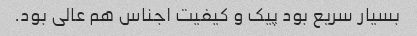
بسیار سریع بود پیک و کیفیت اجناس هم عالی بود.